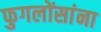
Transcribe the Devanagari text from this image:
फुगलोंसांना